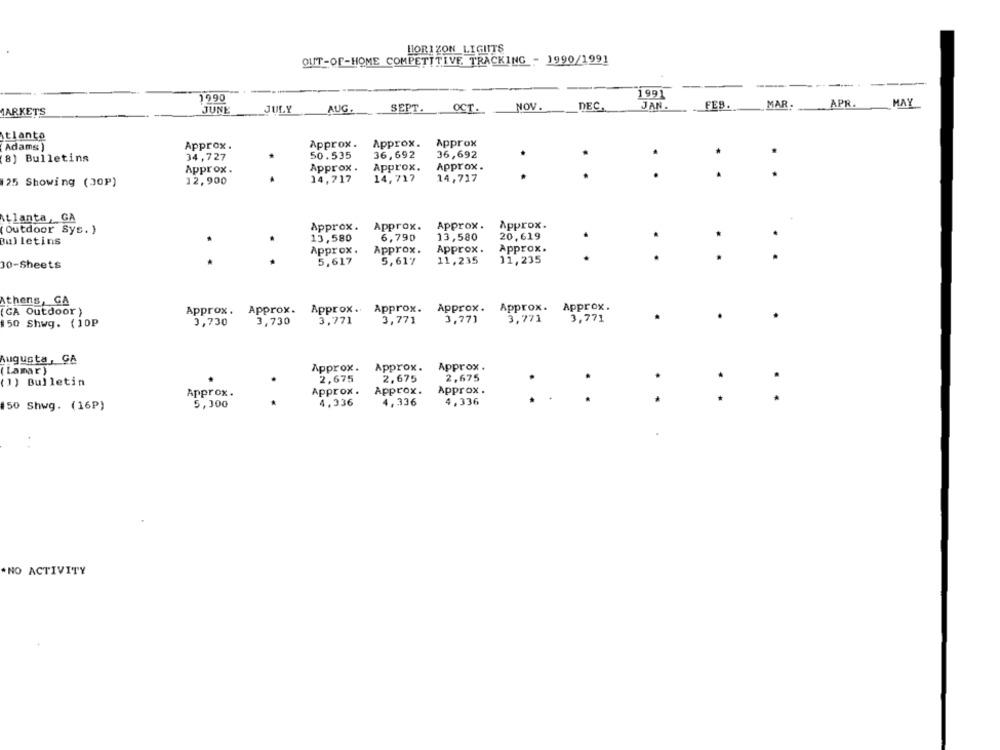
HORIZON LIGHTS
OUT-OF-HOME COMPETITIVE TRACKING - 1990/1991
----
---
1990
1991
DEC.
JAN.
FEB.
MAR
APR.
MAY
MARKETS
JUNE
JULY
AUG.
SEPT. OCT. NOV.
Atlanta
Approx
Adams )
Approx .
Approx .
Approx.
8) Bulletins
34,727
50.535
36,692
36,692
.
Approx.
Approx .
.
Approx.
Approx .
.
12,900
14,717
14,717
14,717
.
.
.
25 Showing (30P)
Atlanta, GA
Approx.
Approx.
Approx.
[Outdoor Sys. )
Approx.
Bulletins
13,580
6,790
13,580
20,619
.
.
Approx.
Approx.
Approx.
Approx.
.
.
5,617
5,617
11,235
11,235
.
. .
30-Sheets
.
Athens, GA
Approx.
Approx.
Approx.
(GA Outdoor )
Approx .
Approx.
Approx ..
Approx.
.
.
150 Shwg. (10P
3,730
3,730
3,771
3,771
3,77)
3,771
3,771
.
Augusta, GA
Approx.
Approx.
Approx.
( Lamar)
(1) Bulletin
.
2,675
2,675
2,675
.
Approx .
Approx.
Approx
.
Approx.
150 Shwg. (16P)
5,300
4,336
4,336
4,336
*NO ACTIVITY